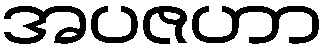
အပဇဟာ